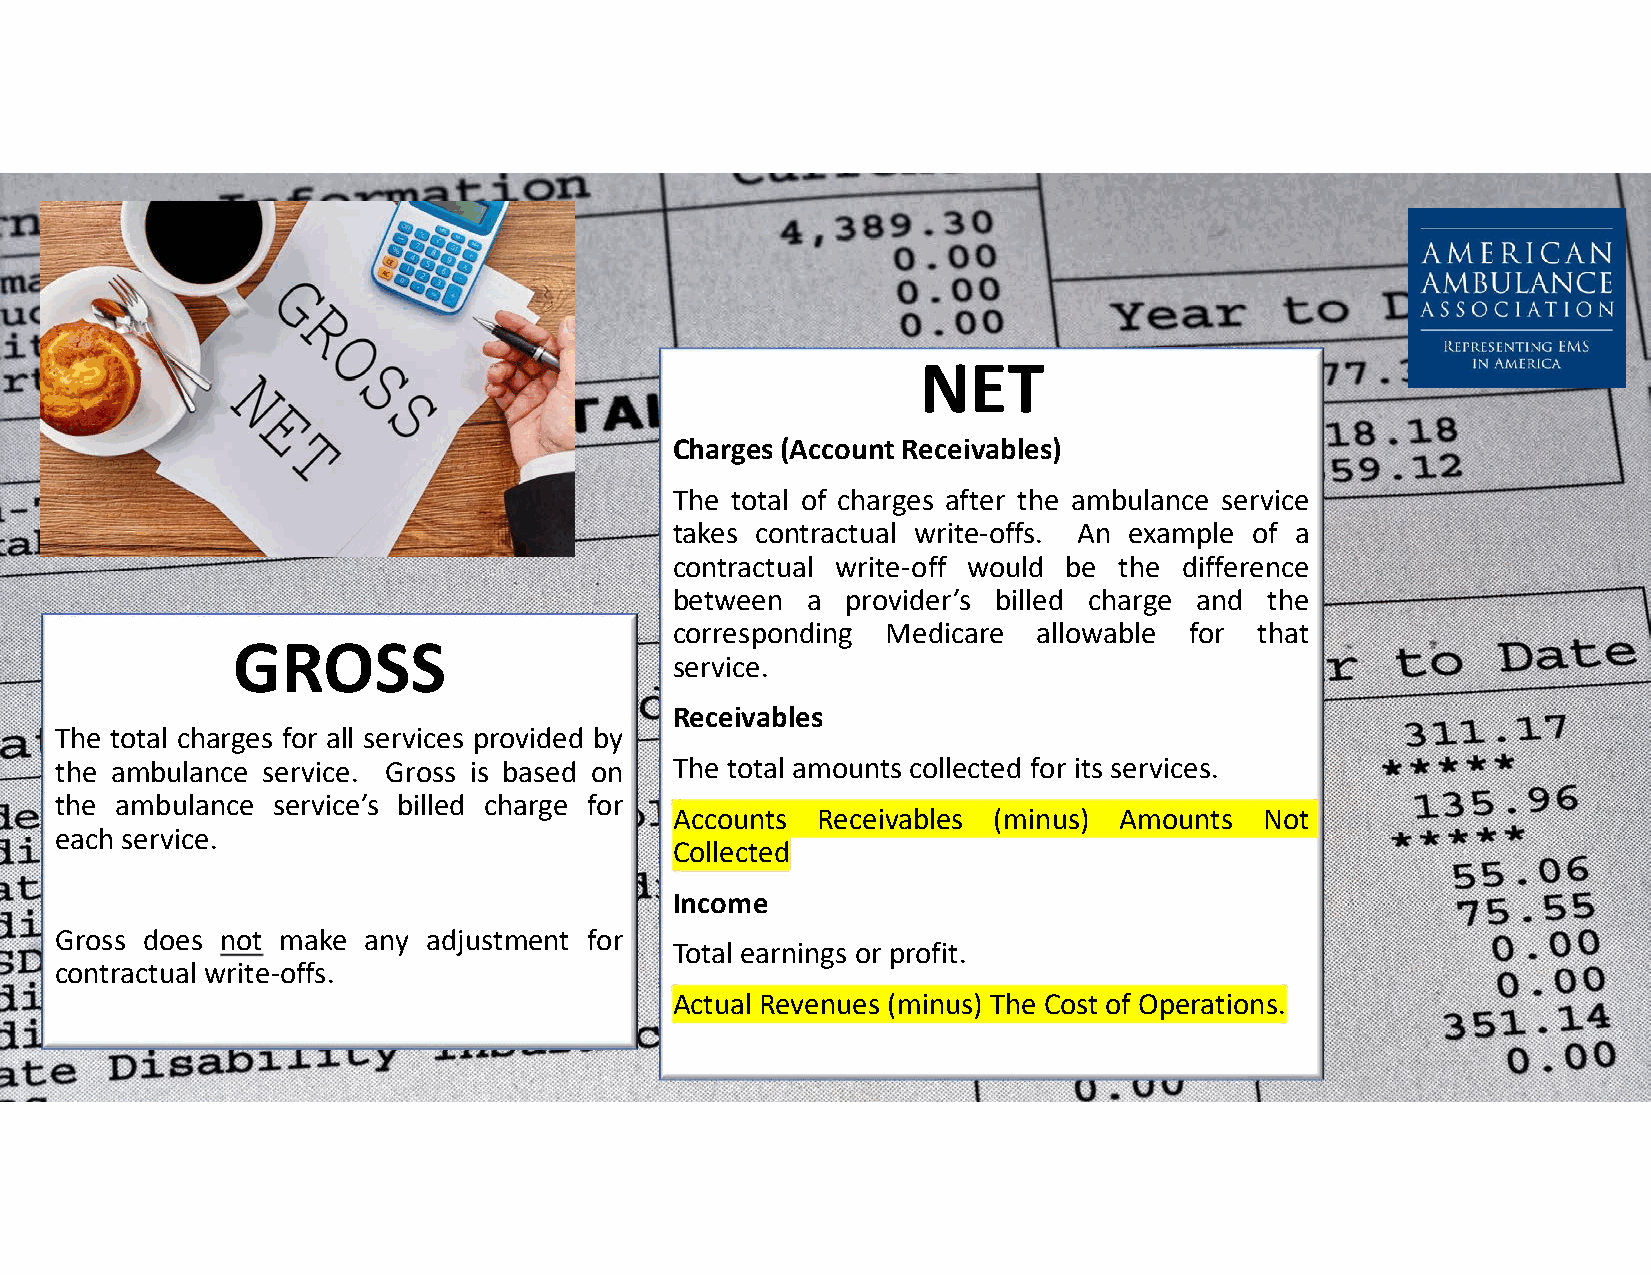
NET
 Charges (Account Receivables)
 The total of charges after the ambulance service
 takes contractual write-offs. An example of a
 contractual write-off would be the difference
 between a  provider’s billed charge and the
 corresponding Medicare  allowable for that
 GROSS
 service.
 Receivables
 The total charges for all services provided by
 the ambulance service. Gross is based on The total amounts collected for its services.
 the ambulance service’s billed charge for
 Accounts Receivables (minus) Amounts   Not
 each service.
 Collected
 Income
 Gross does not make any adjustment for
 Total earnings or profit.
 contractual write-offs.
 Actual Revenues (minus) The Cost of Operations.